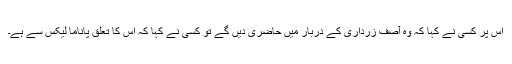
اس پر کسی نے کہا کہ وہ آصف زرداری کے دربار میں حاضری دیں گے تو کسی نے کہا کہ اس کا تعلق پاناما لیکس سے ہے۔